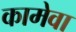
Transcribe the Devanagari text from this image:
कामेवा